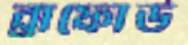
ব্রাফোর্ড